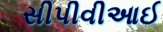
સીપીવીઆઈ